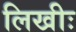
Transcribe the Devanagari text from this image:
लिखीः